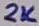
Text: 2K